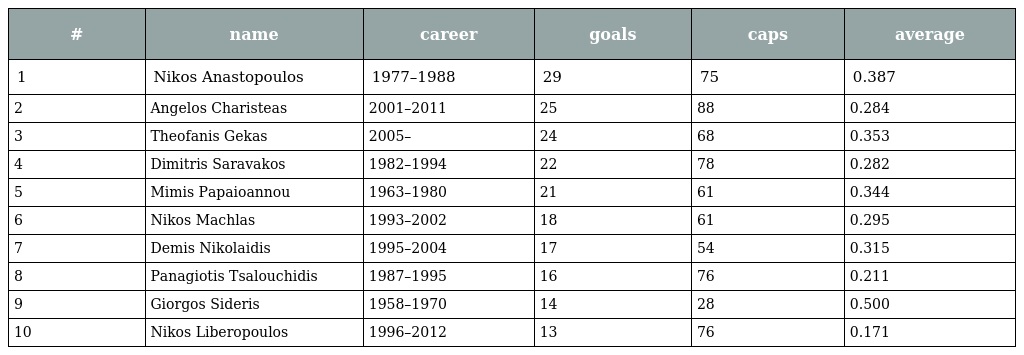
| # | name | career | goals | caps | average |
 | --- | --- | --- | --- | --- | --- |
 | 1 | Nikos Anastopoulos | 1977–1988 | 29 | 75 | 0.387 |
 | 2 | Angelos Charisteas | 2001–2011 | 25 | 88 | 0.284 |
 | 3 | Theofanis Gekas | 2005– | 24 | 68 | 0.353 |
 | 4 | Dimitris Saravakos | 1982–1994 | 22 | 78 | 0.282 |
 | 5 | Mimis Papaioannou | 1963–1980 | 21 | 61 | 0.344 |
 | 6 | Nikos Machlas | 1993–2002 | 18 | 61 | 0.295 |
 | 7 | Demis Nikolaidis | 1995–2004 | 17 | 54 | 0.315 |
 | 8 | Panagiotis Tsalouchidis | 1987–1995 | 16 | 76 | 0.211 |
 | 9 | Giorgos Sideris | 1958–1970 | 14 | 28 | 0.500 |
 | 10 | Nikos Liberopoulos | 1996–2012 | 13 | 76 | 0.171 |